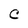
Character: C